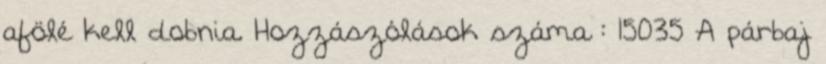
afölé kell dobnia. Hozzászólások száma : 15035 A párbaj